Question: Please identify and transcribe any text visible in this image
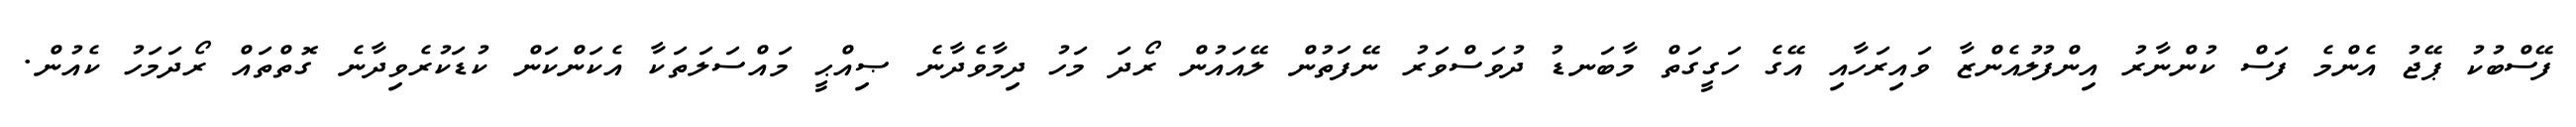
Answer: ފޭސްބުކު ޕޭޖު އެންމެ ފަސް ކުންނާރު އިންފުލުއެންޒާ ވައިރަހާއި އޭގެ ހަގީގަތް މާބަނޑު ދުވަސްވަރު ނޭފަތުން ލޭއައުން ރޯދަ މަހު ދިމާވެދާނެ ޞިއްޙީ މައްސަލަތަކާ އެކަންކަން ކުޑަކުރެވިދާނެ ގޮތްތައް ރޯދަމަހު ކެއުން.